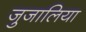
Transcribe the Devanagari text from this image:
जुजालिया